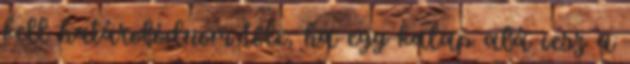
kell határolódnom tőle, ha egy kalap alá vesz a